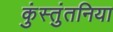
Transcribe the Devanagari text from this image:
कुंस्तुंतनिया